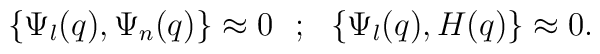
\{\Psi _l(q) ,\Psi _n (q)\}\approx 0 ~~;~~\{\Psi _l(q) ,H (q)\}\approx 0.